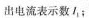
出电流表示数I_{1}；